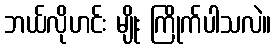
ဘယ်လိုဟင်း မျိုး ကြိုက်ပါသလဲ။